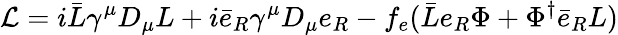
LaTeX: {\cal{L}}=i\bar{L}\gamma^{\mu}D_{\mu}L+i\bar{e}_{R}\gamma^{\mu}D_{\mu}e_{R}-f_{e}(\bar{L}e_{R}\Phi+\Phi^{\dagger}{\bar{e}}_{R}L)